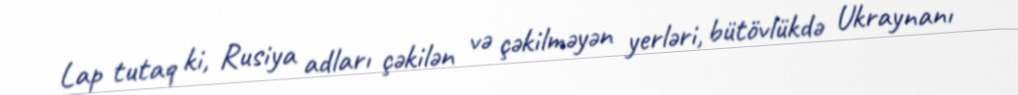
Lap tutaq ki, Rusiya adları çəkilən və çəkilməyən yerləri, bütövlükdə Ukraynanı